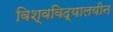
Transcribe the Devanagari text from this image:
विश्वविद्यालयीन